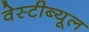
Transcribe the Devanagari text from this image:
वेस्टीब्यूल